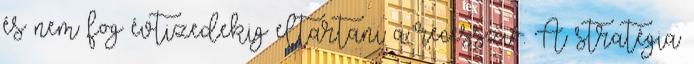
és nem fog évtizedekig eltartani a recesszió. A stratégia